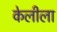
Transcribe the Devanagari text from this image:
केलीला